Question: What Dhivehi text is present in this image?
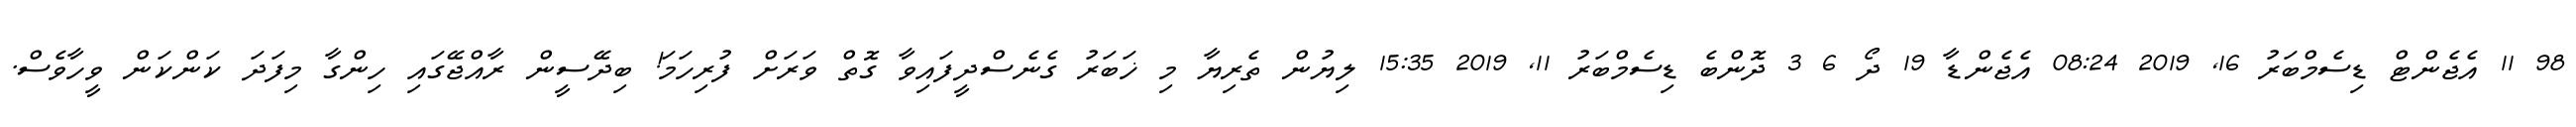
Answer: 98 11 އެޖެންޓް ޑިސެމްބަރު 16, 2019 08:24 އެޖެންޑާ 19 ދޯ 6 3 ދޮންބެ ޑިސެމްބަރު 11, 2019 15:35 ލިޔުން ތެރިޔާ މި ޚަބަރު ގެނެސްދީފައިވާ ގޮތް ވަރަށް ފުރިހަމަ! ބިދޭސީން ރާއްޖޭގައި ހިންގާ މިފަދަ ކަންކަން ވީހާވެސް.